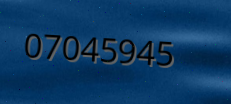
07045945